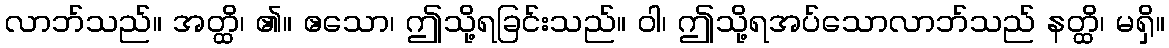
လာဘ်သည်။ အတ္ထိ၊ ၏။ ဧသော၊ ဤသို့ရခြင်းသည်။ ဝါ၊ ဤသို့ရအပ်သောလာဘ်သည် နတ္ထိ၊ မရှိ။